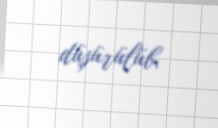
düşürülüb.